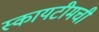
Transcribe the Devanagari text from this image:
स्कायटीमची